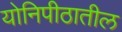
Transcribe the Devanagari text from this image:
योनिपीठातील